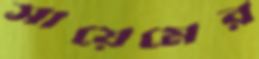
সায়েমের